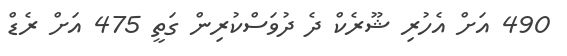
490 އަށް އެހުރި ޝޫރެކް ދެ ދުވަސްކުރިން ގަތީ 475 އަށް ރެޑް